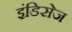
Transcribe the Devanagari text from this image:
इंडिसेज